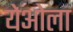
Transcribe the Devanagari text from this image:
येओला